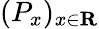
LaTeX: (P_{x})_{x\in\mathbf{R}}